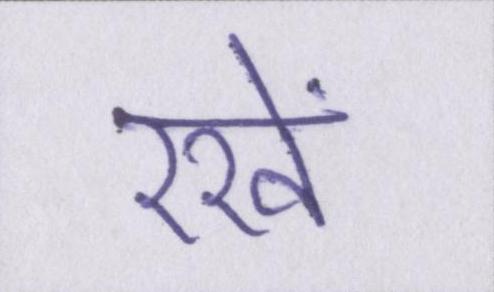
रखें